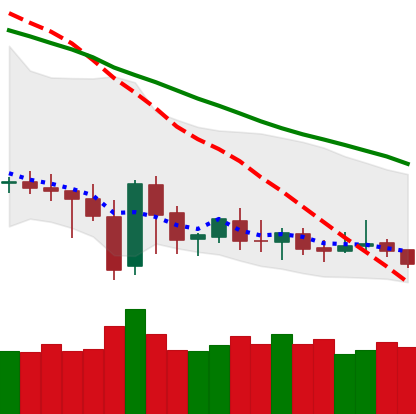
Ticker: DOGE-USD
Chart end date: 2019-12-31
Forward return: 19.28%
Label: up_7plus